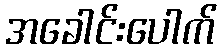
အခေါင်းပေါက်